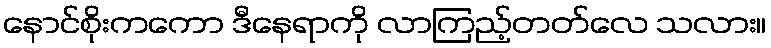
နောင်စိုးကကော ဒီနေရာကို လာကြည့်တတ်လေ သလား။